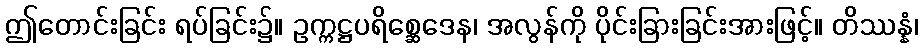
ဤတောင်းခြင်း ရပ်ခြင်း၌။ ဥက္ကဋ္ဌပရိစ္ဆေဒေန၊ အလွန်ကို ပိုင်းခြားခြင်းအားဖြင့်။ တိဿန္နံ၊